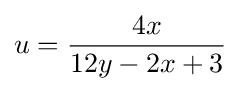
u={\frac {4x}{12y-2x+3}}